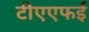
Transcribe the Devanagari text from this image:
टीएएफई